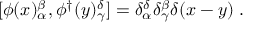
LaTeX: [ \phi ( x ) _ { \alpha } ^ { \beta } , \phi ^ { \dagger } ( y ) _ { \gamma } ^ { \delta } ] = \delta _ { \alpha } ^ { \delta } \delta _ { \gamma } ^ { \beta } \delta ( x - y ) \; .